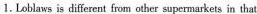
1, Loblmes is differeat iom otber sepermarkets in that